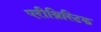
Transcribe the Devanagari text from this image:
एरीथ्रिस्टिक